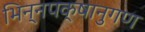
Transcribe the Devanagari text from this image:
भिन्नपक्षानुगण